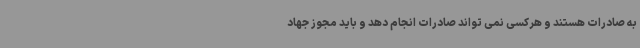
به صادرات هستند و هرکسی نمی تواند صادرات انجام دهد و باید مجوز جهاد